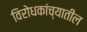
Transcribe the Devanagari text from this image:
विरोधकांच्यातील